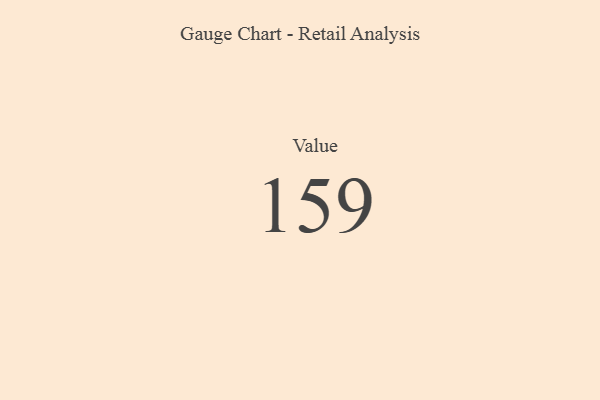
{"axis": {"x": "Metric", "y": "Value"}, "legend": [""], "data": [{"x": "Value", "y": 159, "type": ""}]}